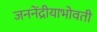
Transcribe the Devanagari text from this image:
जननेंद्रीयाभोवती